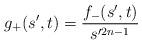
LaTeX: \begin{align*}g_{+}(s',t)=\frac{f_{-}(s',t)}{s'^{2n-1}}\end{align*}